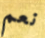
نعم